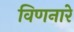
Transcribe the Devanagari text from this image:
विणनारे